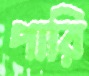
পারি